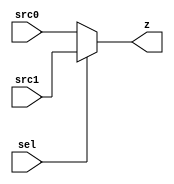
module mux_5 (sel, src0, src1, z);
  
  input sel;
  input [4:0] src0;
  input [4:0] src1;
  output reg [4:0] z;
  

  always @(sel or src0 or src1)
      begin
        if (sel == 1'b0) z <= src0;
        else z <= src1;
      end
   
endmodule